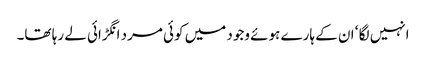
انہیں لگا ‘ ان کے ہارے ہوئے وجود میں کوئی مرد انگڑائی لے رہا تھا۔